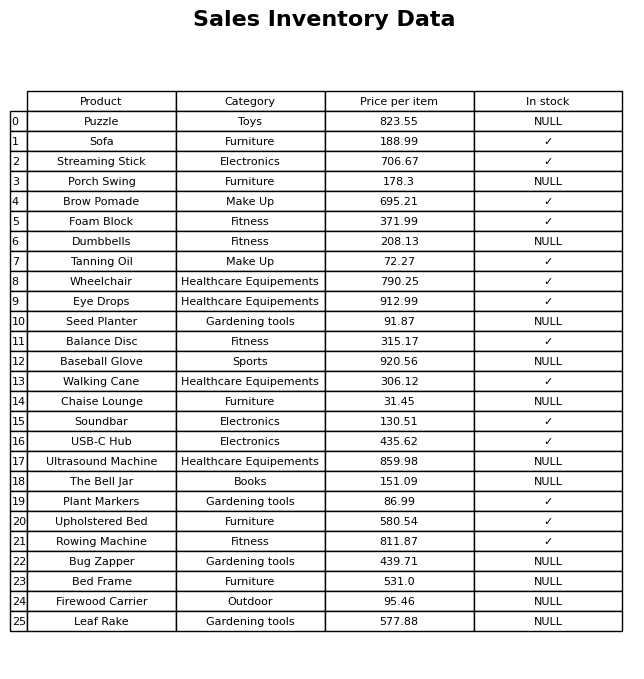
question: What is the stock status of the Puzzle?
answer: NULL